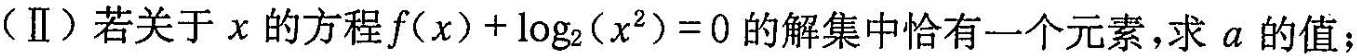
(Ⅱ)若关于χ的方程$$f(x)+log_{2}(x^{2})=0$$的解集中恰有一个元素，求a的值；